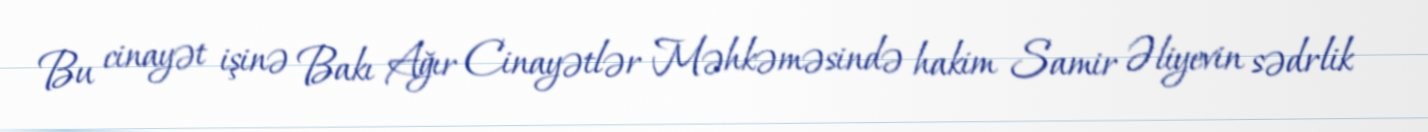
Bu cinayət işinə Bakı Ağır Cinayətlər Məhkəməsində hakim Samir Əliyevin sədrlik